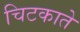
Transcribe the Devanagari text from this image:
चिटकाते